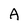
Character: A